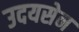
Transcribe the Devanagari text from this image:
उदयसेन